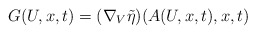
\begin{align*}G(U,x,t) = ( \nabla_V \tilde{\eta} ) (A(U,x,t),x,t) \end{align*}